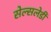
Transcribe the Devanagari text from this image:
सेल्सलेडी